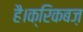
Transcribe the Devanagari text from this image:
है।क्रिकबज़